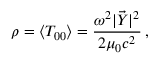
\rho = \langle T _ { 0 0 } \rangle = \frac { \omega ^ { 2 } | \vec { Y } | ^ { 2 } } { 2 \mu _ { 0 } c ^ { 2 } } \, ,